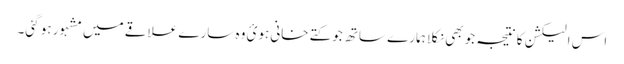
اس الیکشن کا نتیجہ جو بھی نکلا ہمارے ساتھ جو کتے خانی ہوئ وہ سارے علاقے میں مشہور ہو گئی۔